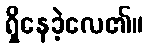
ရှိနေခဲ့လေ၏။